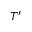
T ^ { \prime }